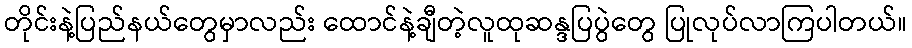
တိုင်းနဲ့ပြည်နယ်တွေမှာလည်း ထောင်နဲ့ချီတဲ့လူထုဆန္ဒပြပွဲတွေ ပြုလုပ်လာကြပါတယ်။